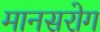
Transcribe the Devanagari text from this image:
मानसरोग